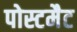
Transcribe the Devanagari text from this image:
पोस्टमैट